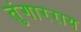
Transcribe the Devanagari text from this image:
तुंगारराय